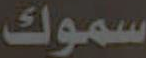
سموك